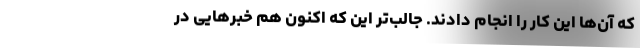
که آن‌ها این کار را انجام دادند. جالب‌تر این که اکنون هم خبرهایی در